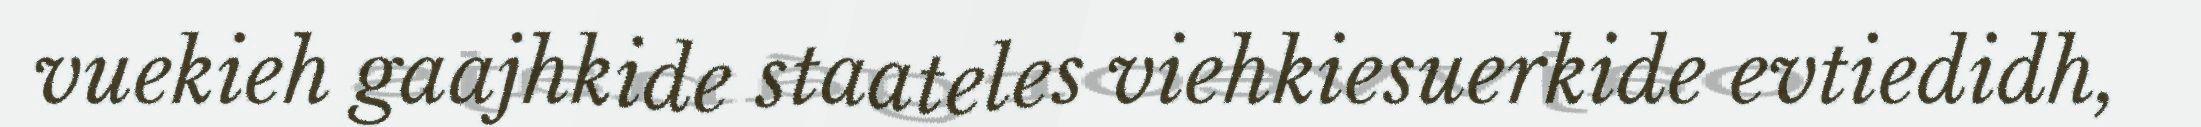
vuekieh gaajhkide staateles viehkiesuerkide evtiedidh,